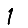
Digit: 1